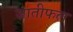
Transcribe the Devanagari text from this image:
जातीफल